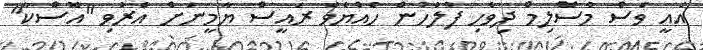
އެއީ ވެސް މުސްލިމް ދިވެހި ފުލުހުން ހެއްޔެވެ ރައީސް ޔާމީނަށް އެރުވި "އޮސްކާ"